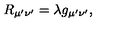
R _ { \mu ^ { \prime } \nu ^ { \prime } } = \lambda g _ { \mu ^ { \prime } \nu ^ { \prime } } ,